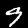
Digit: 9